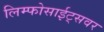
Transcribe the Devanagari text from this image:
लिम्फोसाईट्सवर